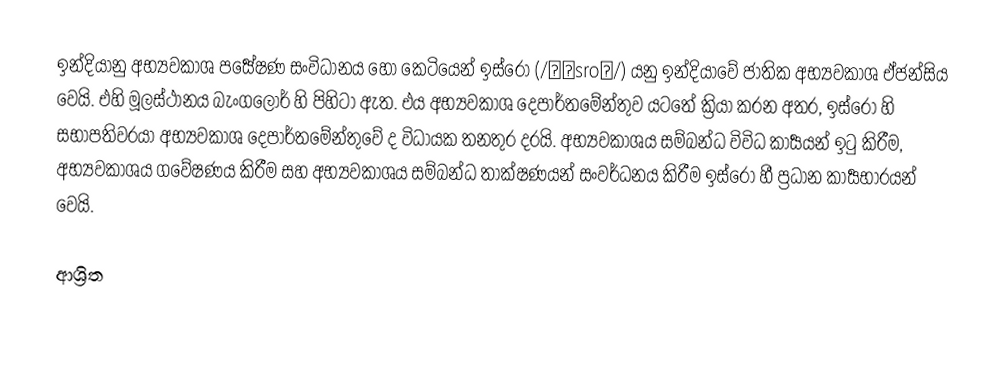
ඉන්දියානු අභ්‍යවකාශ පර්‍යේෂණ සංවිධානය හෝ කෙටියෙන් ඉස්රෝ (/ˈɪsroʊ/) යනු ඉන්දියාවේ ජාතික අභ්‍යවකාශ ඒජන්සිය වෙයි. එහි මූලස්ථානය බැංගලෝර් හි පිහිටා ඇත. එය අභ්‍යවකාශ දෙපාර්තමේන්තුව යටතේ ක්‍රියා කරන අතර, ඉස්රෝ හි සභාපතිවරයා අභ්‍යවකාශ දෙපාර්තමේන්තුවේ ද විධායක තනතුර දරයි. අභ්‍යවකාශය සම්බන්ධ විවිධ කාර්‍යයන් ඉටු කිරීම, අභ්‍යවකාශය ගවේෂණය කිරීම සහ අභ්‍යවකාශය සම්බන්ධ තාක්ෂණයන් සංවර්ධනය කිරීම ඉස්රෝ හී ප්‍රධාන කාර්‍යභාරයන් වෙයි.

ආශ්‍රිත